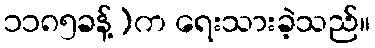
၁၁၈၅ခန့်)က ရေးသားခဲ့သည်။